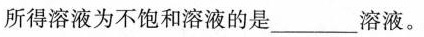
所得溶液为不饱和溶液的是___溶液。